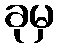
ခုမှ